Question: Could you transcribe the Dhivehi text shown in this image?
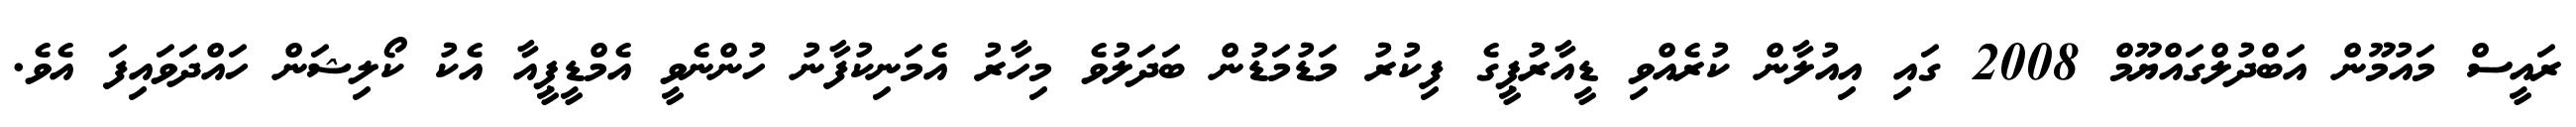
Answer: ރައީސް މައުމޫން އަބްދުލްގައްޔޫމް 2008 ގައި އިއުލާން ކުރެއްވި ޑީއާރުޕީގެ ފިކުރު މަޑުމަޑުން ބަދަލުވެ މިހާރު އެމަނިކުފާނު ހުންނެވީ އެމްޑީޕީއާ އެކު ކޯލިޝަން ހައްދަވައިފަ އެވެ.